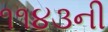
૧૧૪૩ની